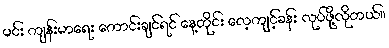
မင်း ကျန်းမာရေး ကောင်းချင်ရင် နေ့တိုင်း လေ့ကျင့်ခန်း လုပ်ဖို့လိုတယ်။